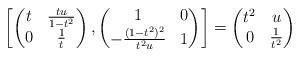
LaTeX: \begin{align*}\left[\begin{pmatrix} t & \frac{t u}{1-t^2}\\0&\frac{1}{t} \end{pmatrix} , \begin{pmatrix} 1 & 0 \\ -\frac{(1-t^2)^2}{t^2 u} & 1 \end{pmatrix} \right] =\begin{pmatrix} t^2 & u \\ 0 & \frac{1}{t^2} \end{pmatrix}\end{align*}